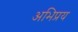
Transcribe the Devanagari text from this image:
अभिप्रय